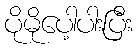
ပိုမိုပေါ့ပါးပြီး